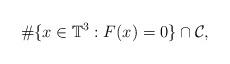
LaTeX: \begin{align*}\#\{x\in\mathbb{T}^3 : F(x)=0\} \cap \mathcal{C},\end{align*}